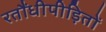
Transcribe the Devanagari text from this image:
रतौंधीपीड़ितों